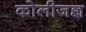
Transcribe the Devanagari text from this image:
कोलीजज्ञ